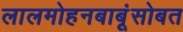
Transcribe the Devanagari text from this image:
लालमोहनबाबूंसोबत